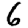
Digit: 6